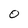
Character: 0